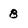
Character: 8